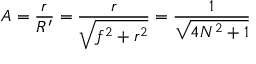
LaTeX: A = { \frac { r } { R ^ { \prime } } } = { \frac { r } { \sqrt { f ^ { 2 } + r ^ { 2 } } } } = { \frac { 1 } { \sqrt { 4 N ^ { 2 } + 1 } } }